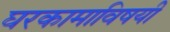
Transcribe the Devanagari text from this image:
घरकामाविषयी